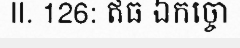
II. 126: ឥធ ឯកច្ចោ